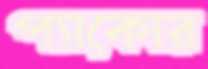
প্যাকোর